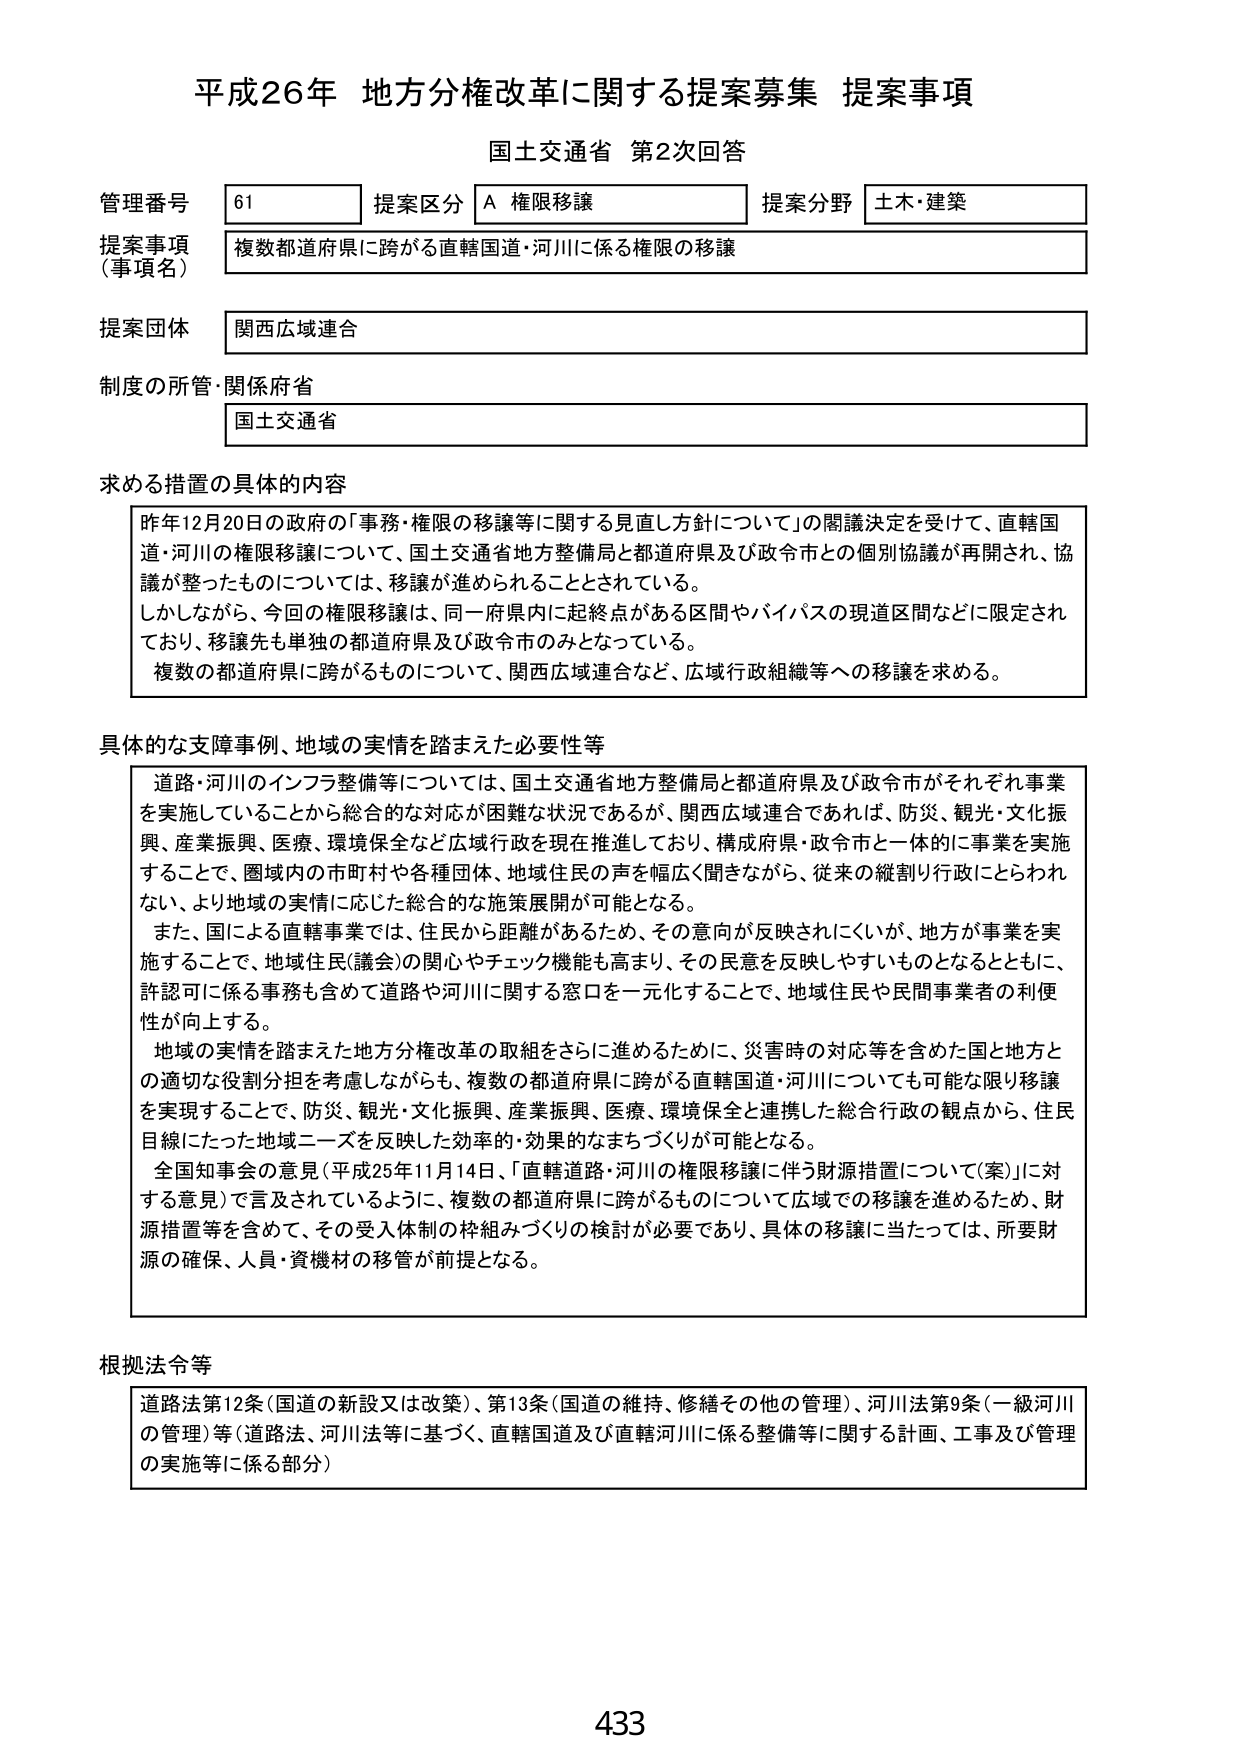
平成26年 地方分権改革に関する提案募集 提案事項
国土交通省 第2次回答

管理番号 61
提案区分 A 権限移譲
提案分野 土木・建築

提案事項（事項名）
複数都道府県に跨がる直轄国道・河川に係る権限の移譲

提案団体
関西広域連合

制度の所管・関係府省
国土交通省

求める措置の具体的な内容
昨年12月20日の政府の「事務・権限の移譲等に関する見直し方針について」の閣議決定を受けて、直轄国道・河川の権限移譲について、国土交通省地方整備局と都道府県及び政令市との個別協議が再開され、協議が整ったものについては、移譲が進められることとされている。
しかしながら、今回の権限移譲は、同一府県内に起終点がある区間やバイパスの現道区間などに限定されており、移譲先も単独の都道府県及び政令市のみとなっている。
複数の都道府県に跨がるものについて、関西広域連合など、広域行政組織等への移譲を求める。

具体的な支障事例、地域の実情を踏まえた必要性等
道路・河川のインフラ整備等については、国土交通省地方整備局と都道府県及び政令市がそれぞれ事業を実施していることから総合的な対応が困難な状況であるが、関西広域連合であれば、防災、観光・文化振興、産業振興、医療、環境保全など広域行政を現在推進しており、構成府県・政令市と一体的に事業を実施することで、圏域内の市町村や各種団体、地域住民の声を幅広く聞きながら、従来の縦割り行政にとらわれない、より地域の実情に応じた総合的な施策展開が可能となる。
また、国による直轄事業では、住民から距離があるため、その意向が反映されにくいが、地方が事業を実施することで、地域住民（議会）の関心やチェック機能も高まり、その民意を反映しやすいものとなるとともに、許認可に係る事務も含めて道路や河川に関する窓口を一元化することで、地域住民や民間事業者の利便性が向上する。
地域の実情を踏まえた地方分権改革の取組をさらに進めるために、災害時の対応等を含めた国と地方との適切な役割分担を考慮しながらも、複数の都道府県に跨がる直轄国道・河川についても可能な限り移譲を実現することで、防災、観光・文化振興、産業振興、医療、環境保全と連携した総合行政の観点から、住民目線にたった地域ニーズを反映した効率的・効果的なまちづくりが可能となる。
全国知事会の意見（平成25年11月14日、「直轄道路・河川の権限移譲に伴う財源措置について（案）」に対する意見）で言及されているように、複数の都道府県に跨がるものについて広域での移譲を進めるため、財源措置等を含めて、その受入体制の枠組みづくりの検討が必要であり、具体的移譲に当たっては、所要財源の確保、人員・資機材の移管が前提となる。

根拠法令等
道路法第12条（国道の新設又は改築）、第13条（国道の維持、修繕その他の管理）、河川法第9条（一級河川の管理）等（道路法、河川法等に基づく、直轄国道及び直轄河川に係る整備等に関する計画、工事及び管理の実施等に係る部分）

433